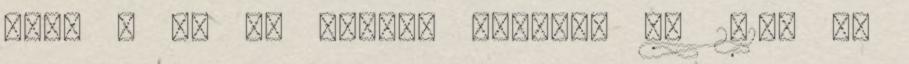
kiva - öt új adóval köszönt be 2013. De